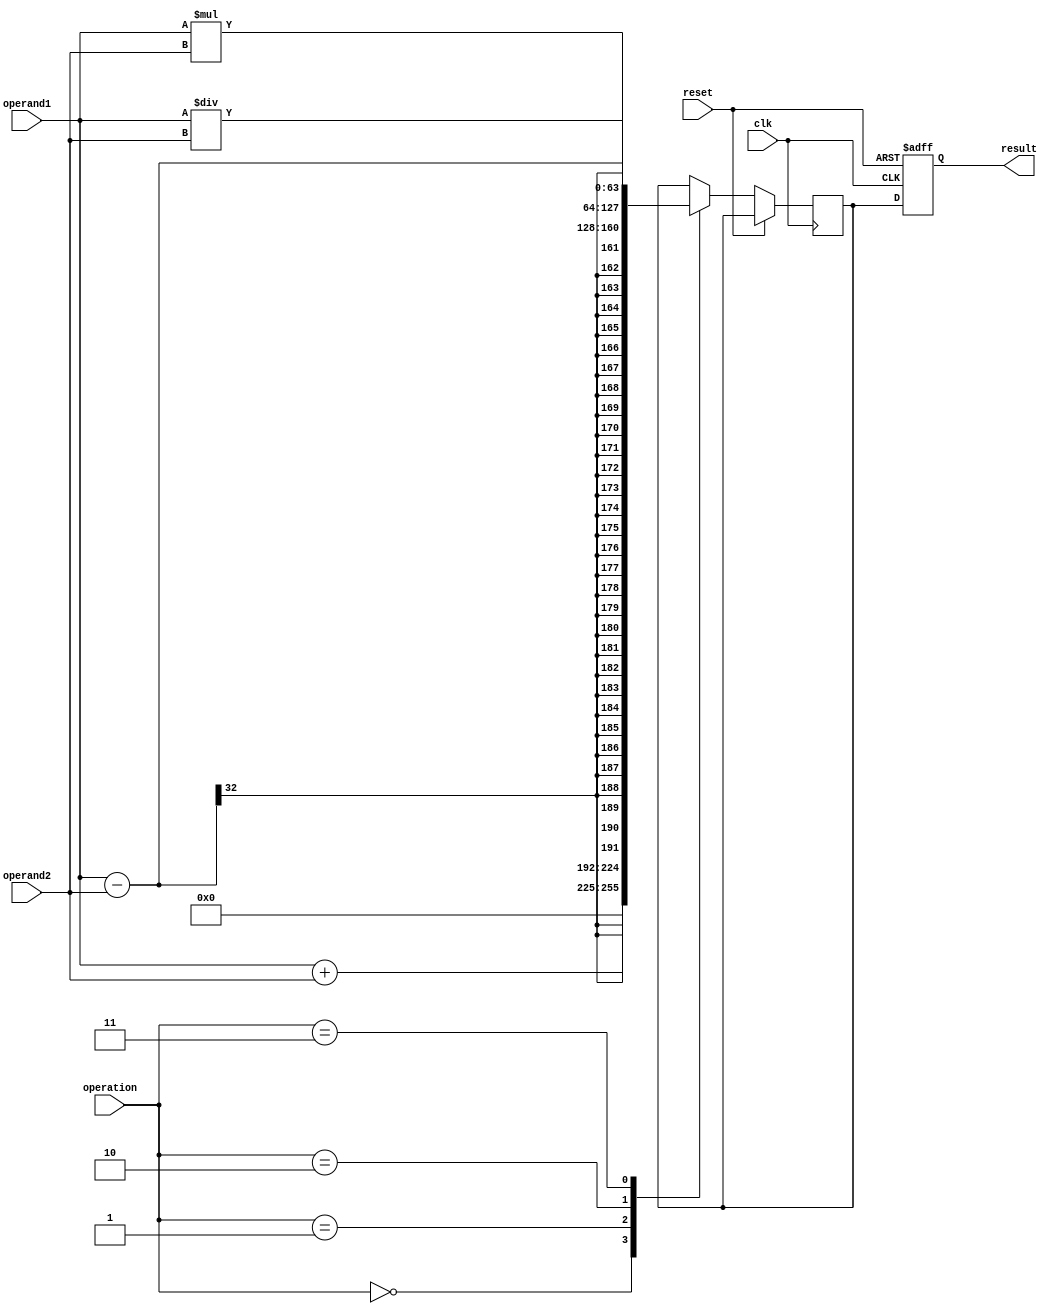
module ArbitraryPrecisionFloatingPointUnit (
  input wire clk,
  input wire reset,
  input wire [7:0] operation,
  input wire [31:0] operand1,
  input wire [31:0] operand2,
  output reg [63:0] result
);

reg [63:0] temp_result;

always @(posedge clk or posedge reset) begin
  if (reset) begin
    result <= 64'b0;
  end else begin
    case(operation)
      8'b00000000: temp_result <= operand1 + operand2; // addition
      8'b00000001: temp_result <= operand1 - operand2; // subtraction
      8'b00000010: temp_result <= operand1 * operand2; // multiplication
      8'b00000011: temp_result <= operand1 / operand2; // division
      // add more cases for other operations
    endcase
    
    result <= temp_result;
  end
end

endmodule